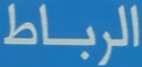
الرباط